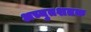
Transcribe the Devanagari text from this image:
अच्युतशतक